画像に写った文字を読んでください
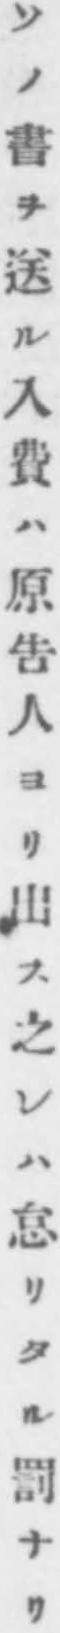
「ソノ書ヲ送ル入費ハ原告人ヨリ出ス之レハ怠リタル罰ナリ」と書いてあります